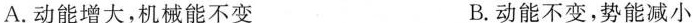
A.动能增大，机械能不变 B.动能不变，势能减小